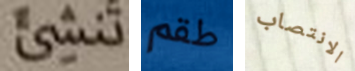
تنشئ طقم الانتصاب